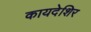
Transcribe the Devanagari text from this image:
कायदेशिर